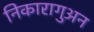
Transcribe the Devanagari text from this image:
निकारागुअन